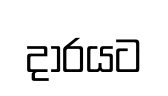
දාරයට